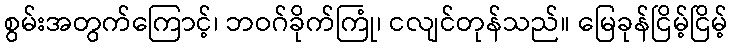
စွမ်းအတွက်ကြောင့်၊ ဘဝဂ်ခိုက်ကြုံ၊ ငလျင်တုန်သည်။ မြေခုန်ငြိမ့်ငြိမ့်